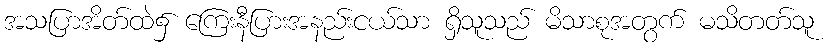
အသပြာအိတ်ထဲ၌ ကြေးနီပြားအနည်းငယ်သာ ရှိသူသည် မိသာစုအတွက် မသိတတ်သူ